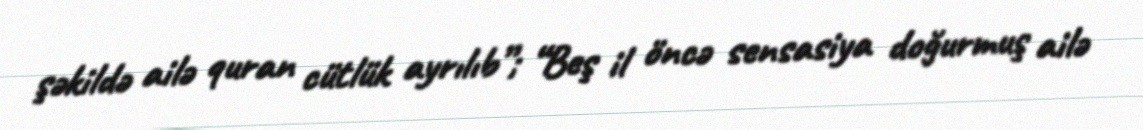
şəkildə ailə quran cütlük ayrılıb”; “Beş il öncə sensasiya doğurmuş ailə